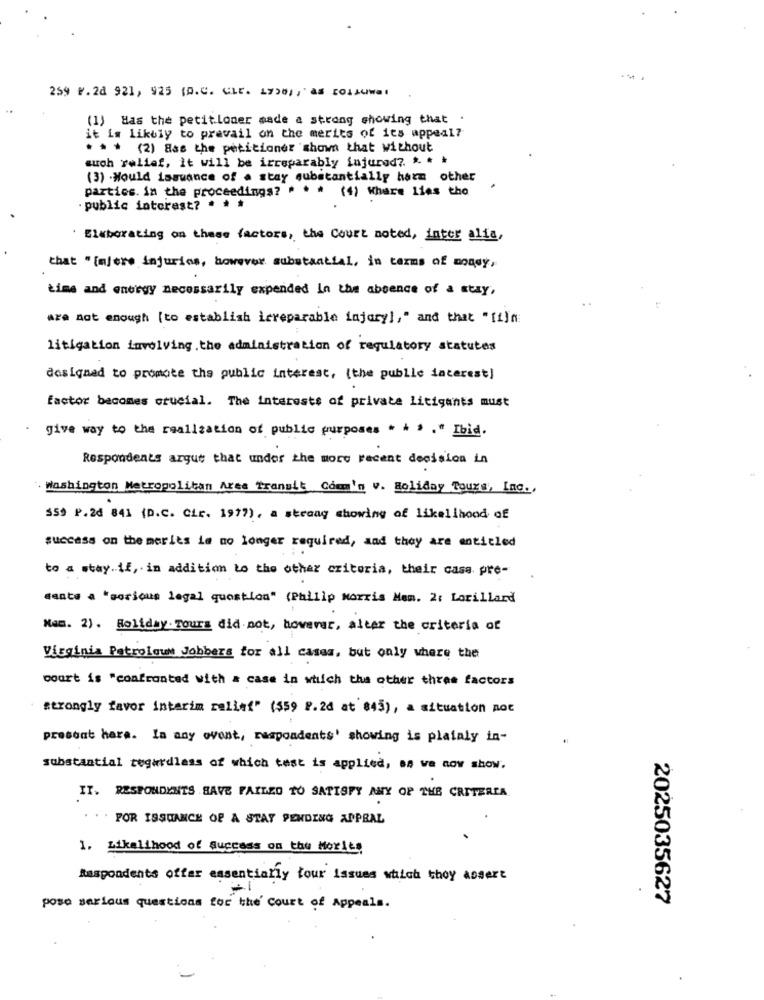
259 P.20 921, 925 10.0. CLC. 17201 ;" AS COLLUwal
(1) Has the petit loner made a strong showing that .
it is likely to pravail on the merits of its appeal?
. . . (2) 8as the petitioner shown that without
auch relief, it will be irreparably injured ?. . . .
(3) -Would issuance of a stay substantially harm other
parties. in the proceedings? " . * (4) Where lies the
public interest? * * *
Elaborating on these factors, the Court noted, inter alis,
that "[ajere injuries, however substantial, in terms of money,
time and energy necessarily expended in the absence of a say,
are not enough [to establish irreparable injury], " and that "[i]n
litigation involving.the administration of regulatory statutes
designed to promote the public interest, (the public interest)
factor becomes crucial. The interests of private litigants must
give way to the realization of public purposes * * * . " Ibid.
Respondents argue that undor the more recent decision in
Washington Metropolitan Area Transit Commin v. Holiday Tours, Inc .,
559 P.2d 84] (D.C. Cir. 1997), a strong showing of likelihood of
success on the meries ie no longer required, and they are entitled
to a stay.if, in addition to the other criteria, their casa. pre-
Gente a "serious legal question" (Philip Morris Mem. 2: Lorillard
Nam. 2) . Holiday Tours did not, however, alter the criteria of
Virginia Patrolout Jobbers for all cases, but only where the
court is "confronted with a case in which the other three factors
strongly favor interim reling" (559 8.20 at 845), a situation not
present hara. In any ovent, respondents' showing is plataly in-
substantial regardless of which test is applied, an ve now show.
IT. RESPONDENTS SAVE FAILED TO SATISFY ANY OF THE CRITERIA
. ..
POR ISSUANCE OF A STAY PENDING APPEAL
1. Likelihood of Success on thu Mories
Respondents offer essentially tour issues which thoy assert
=1
2025035627
poso serious questions for the' Court of Appeals.
.